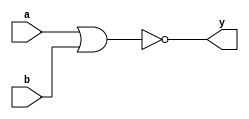
//========================================================================
// Nor Gate-Level Model
//========================================================================

module NorGL
(
  input  a,
  input  b,
  output y
);

  assign y = !( a | b );

endmodule